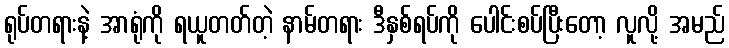
ရုပ်တရားနဲ့ အာရုံကို ရယူတတ်တဲ့ နာမ်တရား ဒီနှစ်ရပ်ကို ပေါင်းစပ်ပြီးတော့ လူလို့ အမည်